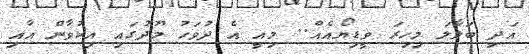
އަދި ބަލާލަ މިހިރަ ވީޑިޔޯއެއް.. މިއީ އެ ދުވަހު މޫދުގައި އިކުވާން އާއި